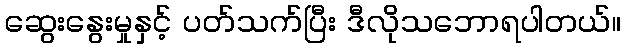
ဆွေးနွေးမှုနှင့် ပတ်သက်ပြီး ဒီလိုသဘောရပါတယ်။